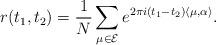
LaTeX: \begin{align*}r(t_1,t_2)=\frac{1}{N}\sum_{\mu\in\mathcal{E}} e^{2\pi i(t_1-t_2)\langle\mu,\alpha\rangle}.\end{align*}